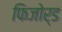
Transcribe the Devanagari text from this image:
फिजोर्ड